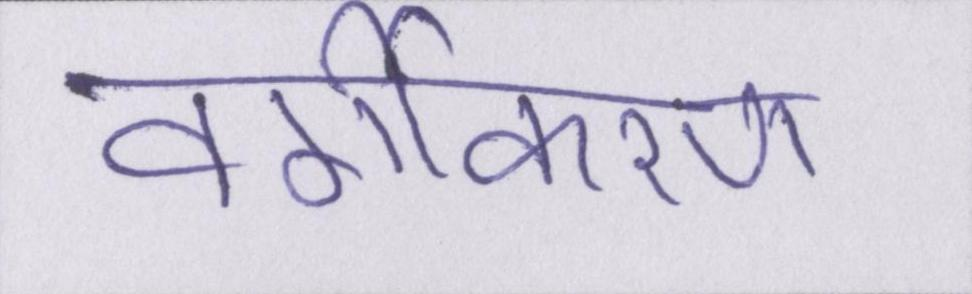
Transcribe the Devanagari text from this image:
वर्गीकरण